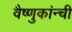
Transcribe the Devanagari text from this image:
वैष्णुकांन्ची